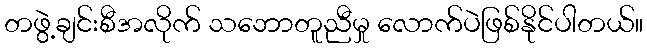
တဖွဲ့ချင်းစီအလိုက် သဘောတူညီမှု လောက်ပဲဖြစ်နိုင်ပါတယ်။